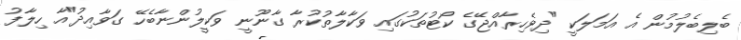
ބެލިބެލުމުން އެ އަމަލަކީ "ދިވެހިރާއްޖޭގެ ކޯޓުތަކުގައި ވަކާލާތުކުރާ ގާނޫނީ ވަކީލުންނާބެހޭ ގަވާއިދު"އާ ހިލާފު